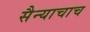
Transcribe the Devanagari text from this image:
सैन्याचाच